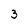
Character: 3